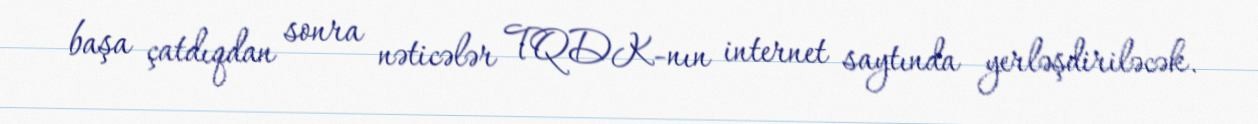
başa çatdıqdan sonra nəticələr TQDK-nın internet saytında yerləşdiriləcək.